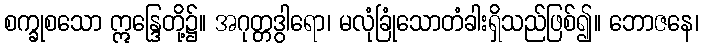
စက္ခုစသော ဣန္ဒြေတို့၌။ အဂုတ္တဒွါရော၊ မလုံခြုံသောတံခါးရှိသည်ဖြစ်၍။ ဘောဇနေ၊